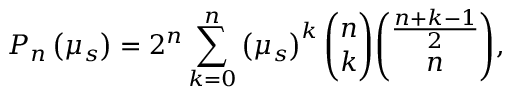
P _ { n } \left( \mu _ { s } \right) = 2 ^ { n } \sum _ { k = 0 } ^ { n } \left( \mu _ { s } \right) ^ { k } \binom { n } { k } \binom { \frac { n + k - 1 } { 2 } } { n } ,